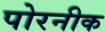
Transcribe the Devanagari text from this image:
पोरनीक